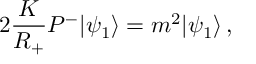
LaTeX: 2 \frac { K } { R _ { + } } P ^ { - } | \psi _ { 1 } \rangle = m ^ { 2 } | \psi _ { 1 } \rangle \, ,